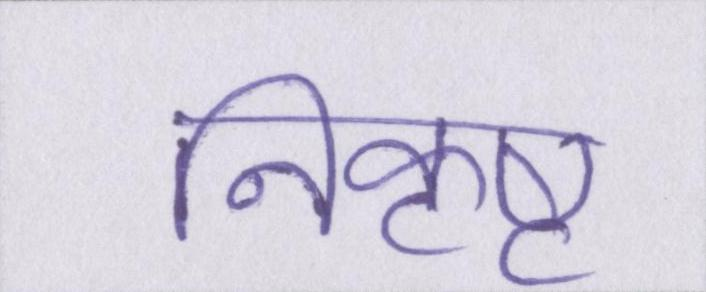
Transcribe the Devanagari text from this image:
निकृष्ट